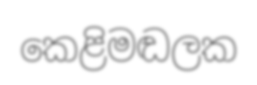
කෙළිමඬලක